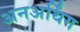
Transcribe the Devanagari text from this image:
अनअर्थिंग